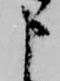
申